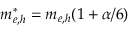
m _ { e , h } ^ { * } = m _ { e , h } ( 1 + \alpha / 6 )